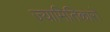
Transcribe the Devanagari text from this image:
ज्यामितिकारों